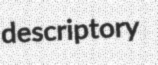
descriptory